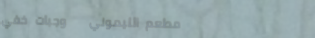
مطعم الليموني   وجبات خفي